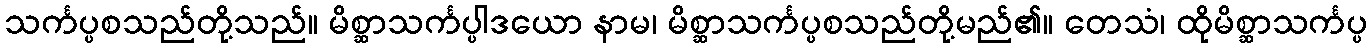
သင်္ကပ္ပစသည်တို့သည်။ မိစ္ဆာသင်္ကပ္ပါဒယော နာမ၊ မိစ္ဆာသင်္ကပ္ပစသည်တို့မည်၏။ တေသံ၊ ထိုမိစ္ဆာသင်္ကပ္ပ